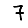
Digit: 7